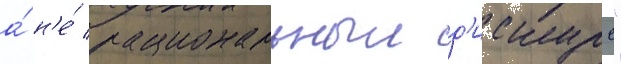
а́ н'е́ рациональныи д'искурс"